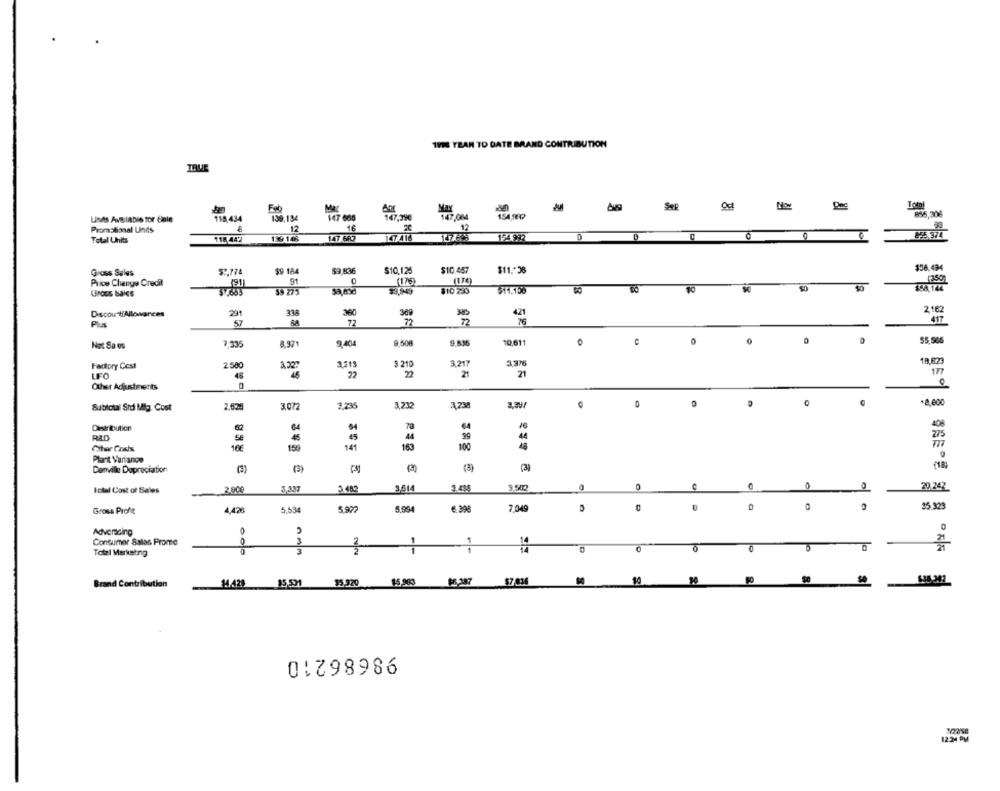
1916 YEAR TO DATE BRAND CONTRIBUTION
TRU
May
856,306
Lines Available for Cale
118,434
139,134
147 668
147,39€
147,004
15414 ??
Promotional Units
16
12
129 148
147 6R3
147 416
856 374
Total Units
118 442
$9 184
$9,836
$10,125
$10.457
$11 .* 28
$36.494
Gross Sales
59.774
Price Change Credit
91
0
(176)
(170)
Giroes Sales
39 771
810 230
$11.150
DiscountAllevarees
29
338
389
421
2. 162
57
72
72
72
0
55,965
Net Sa os
7,335
8,971
9.404
9,500
9.836
10,611
U
Factory Cest
2.580
2215
3 210
3.217
3.376
18,623
177
LFO
22
22
21
21
Other Adjustments
0
18,000
Subtotal Std Mig. Cost
2.625
3.072
3,235
3,232
Distribution
64
408
BAD
Se
29
45
44
Cher Cosis
16€
150
141
163
100
48
Plant Varianos
Denville Depreciation
(3)
Ictal Cost of Sales
2.000
3,337
3.482
3614
9.502
0
20 242
35.329
Gross Profit
4,426
5,534
5.972
5.994
6.390
7,049
Adversicing
Consumer Salas Prome
0
Total Marketing
10
0
Brand Contribution
14.428
$5,50
$5.92
$5,983
98686210
12 ***